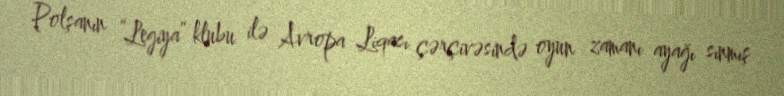
Polşanın “Legiya” klubu ilə Avropa Liqası çərçivəsində oyun zamanı ayağı sınmış